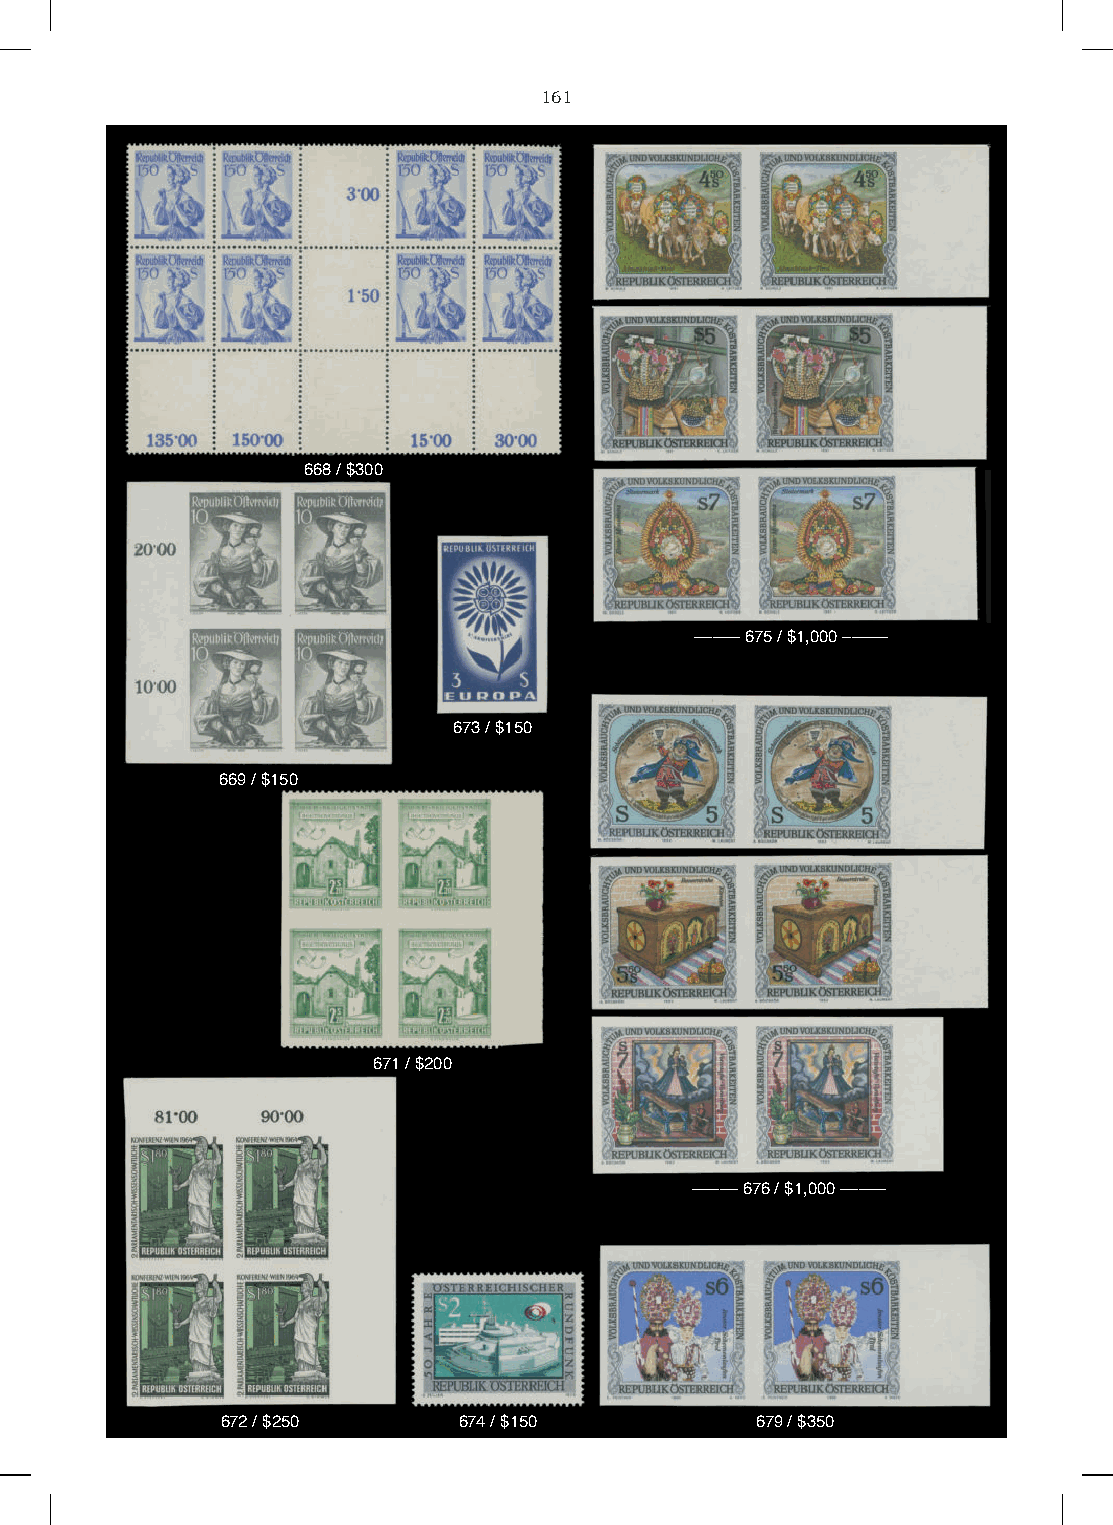
161
 668 / $300
 ––––– 675 / $1,000 –––––
 673 / $150
 669 / $150
 671 / $200
 ––––– 676 / $1,000 –––––
 672 / $250     674 / $150          679 / $350